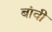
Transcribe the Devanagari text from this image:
बांवी